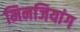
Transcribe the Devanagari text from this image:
मिनजियांग